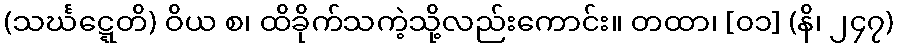
(သင်္ဃဋ္ဋေတိ) ဝိယ စ၊ ထိခိုက်သကဲ့သို့လည်းကောင်း။ တထာ၊ [၀၁] (နိ၊ ၂၄၇)